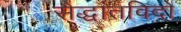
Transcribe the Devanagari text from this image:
सैद्धांतविदों